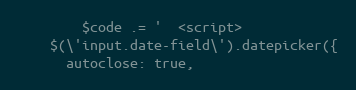
Language: PHP
        $code .= '  <script>
    $(\'input.date-field\').datepicker({
      autoclose: true,